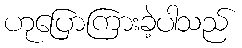
ဟုပြောကြားခဲ့ပါသည်